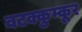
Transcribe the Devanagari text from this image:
वटक्कुम्कूर